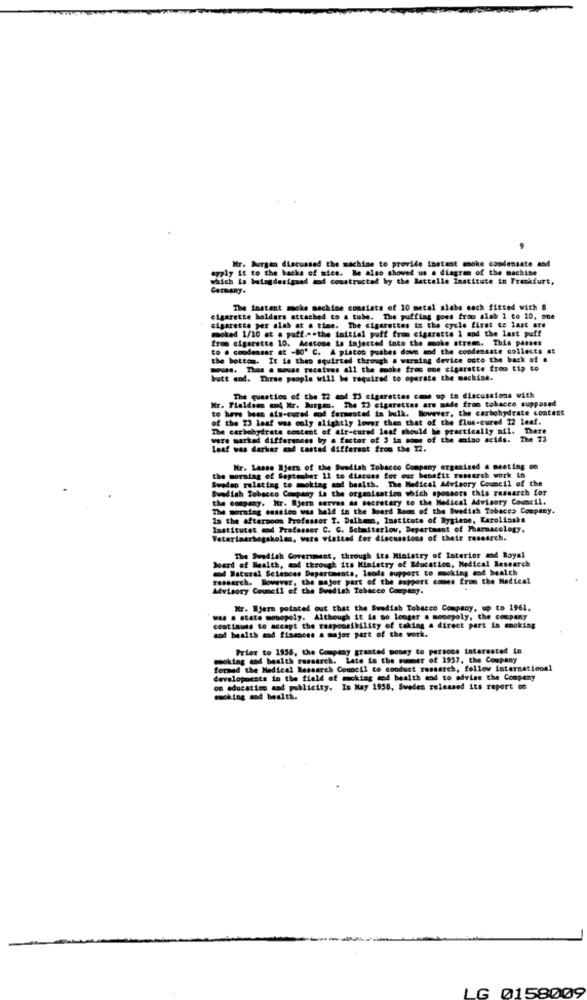
Mr. Burgan discussed the machine to provide instant moke condensate and
apply it to the backs of mice. Be also showed us a diagram of the machine
which is beingdesigned eod constructed by the Battelle Institute in Frankfurt,
Carmany.
The instant moke machine consists of 10 metal slabs each fitted with 8
cigarette holders attached to a tube. The puffing goes from slab 1 to 10, one
moked 1/10 at s paff.""the initial puff from cigarette 1 and the last puff
sigarette per slab at a time. The cigarettes in the cycle first to last are
from cigarette 10. Acetone is injected into the moke stream. This passes
to . condenser at -80º C. A piston pushes dove and the condensate collects at
the bottom. It is then squirted through a warming device outo the back of a
mous. Thus a mouse receives all the mooke fros one cigarette from tip to
butt and. Three people will be required to operate the machine.
Kr. Fieldsan and Mr. Burgan. The 13 cigarettes are made from tobacco supposed
The question of the 22 and 73 cigarettes came up in discussions with
to have boas ats-cured wod fermented is bulk. Bowever, the carbohydrate content
of the 23 leaf was only slightly lower than that of the flus-cured 12 leaf.
The carbohydrate content of air-cured leaf should be practically nil. There
were marked differences by a factor of 3 in some of the mino acids. The 73
Leaf was darker cad tasted different from the 12.
Mr. Lasse Ijers of the Swedish Tobacco Company organized & meeting
Sweden relating to moking and bealth. The Medical Advisory Council of the
the morsdag of September 11 to discuss for our benefit research work in
Swedish Tobacco Company is the organisation which sponsors this research for
the company. Mr. Rjern serves as secretary to the Medical Advisory Council.
The morning ensaios was held in the Board Room of the Swedish Tobacco Company.
In the afternoon Professor I. Dalhmm, Institute of Rygiene, Karolinska
Institutet and Professor C. C. Schalterlov, Department of Pharmacology.
Veterinerbogskolen, ware visited for discussions of their research.
Board of Health, and through its Ministry of Education, Medical Research
The Swedish Government, through its Ministry of Interior and Royal
od Natural Sciences Departments, leods support to moking and health
research. However, the major part of the support comes from the Medical
Advisory Council of the Swedish Tobacco Company.
Mr. Bjerm pointed out that the Swedish Tobacco Company, up to 1961.
was a state monopoly. Although it is no longer a monopoly, the company
continues to accept the responsibility of taking a direct part in smoking
and health and finances a major part of the work.
Prior to 1956, the Company granted money to persons interested in
moking and health research. Late to the numer of 1957, the Company
formad the Medical Research Council to conduct research, follow international
developments in the field of moking and health and to advise the Company
of education and publicity. In May 1958, Sweden released its report on
moking and besth.
LG 0158009